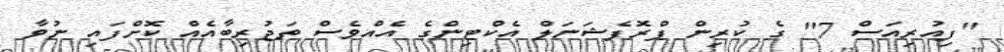
''ފިއުރިއަސް 7'' ގެ ކުރިން ޕްރޮފެޝަނަލް އެކްޓިންގެ އެއްވެސް ތަޖުރިބާއެއް ކޮށްފައި ނުވާ